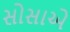
સોસાએ